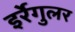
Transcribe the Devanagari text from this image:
इर्रेगुलर